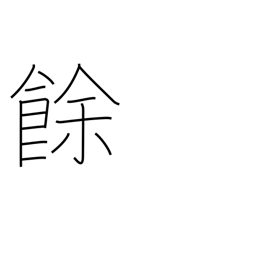
Meaning: excess